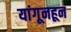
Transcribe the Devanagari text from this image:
यांगूनहून